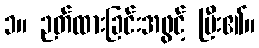
၁။ ဉတ်ထားခြင်းအဖွင့် ပြီး၏။